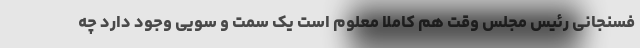
فسنجانی رئیس مجلس وقت هم کاملا معلوم است یک سمت و سویی وجود دارد چه